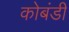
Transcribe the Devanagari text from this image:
कोबंडी